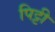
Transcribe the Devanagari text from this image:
पिट्टी